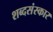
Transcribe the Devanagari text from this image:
शब्दसंस्कार